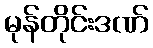
မုန်တိုင်းဒဏ်